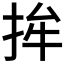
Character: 𱟵